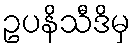
ဥပနိသီဒိမှ